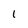
Character: 1